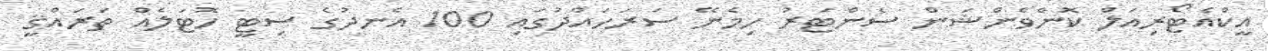
އީކްއެޓޯރިއަލް ކޮންވެންޝަން ސެންޓަރު ހިމެނޭ ސަރަހައްދުގައި 100 އެނދުގެ ސިޓީ ހޮޓަލެއް ތަރައްޤީ